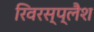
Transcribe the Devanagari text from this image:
रिवरस्प्लैश